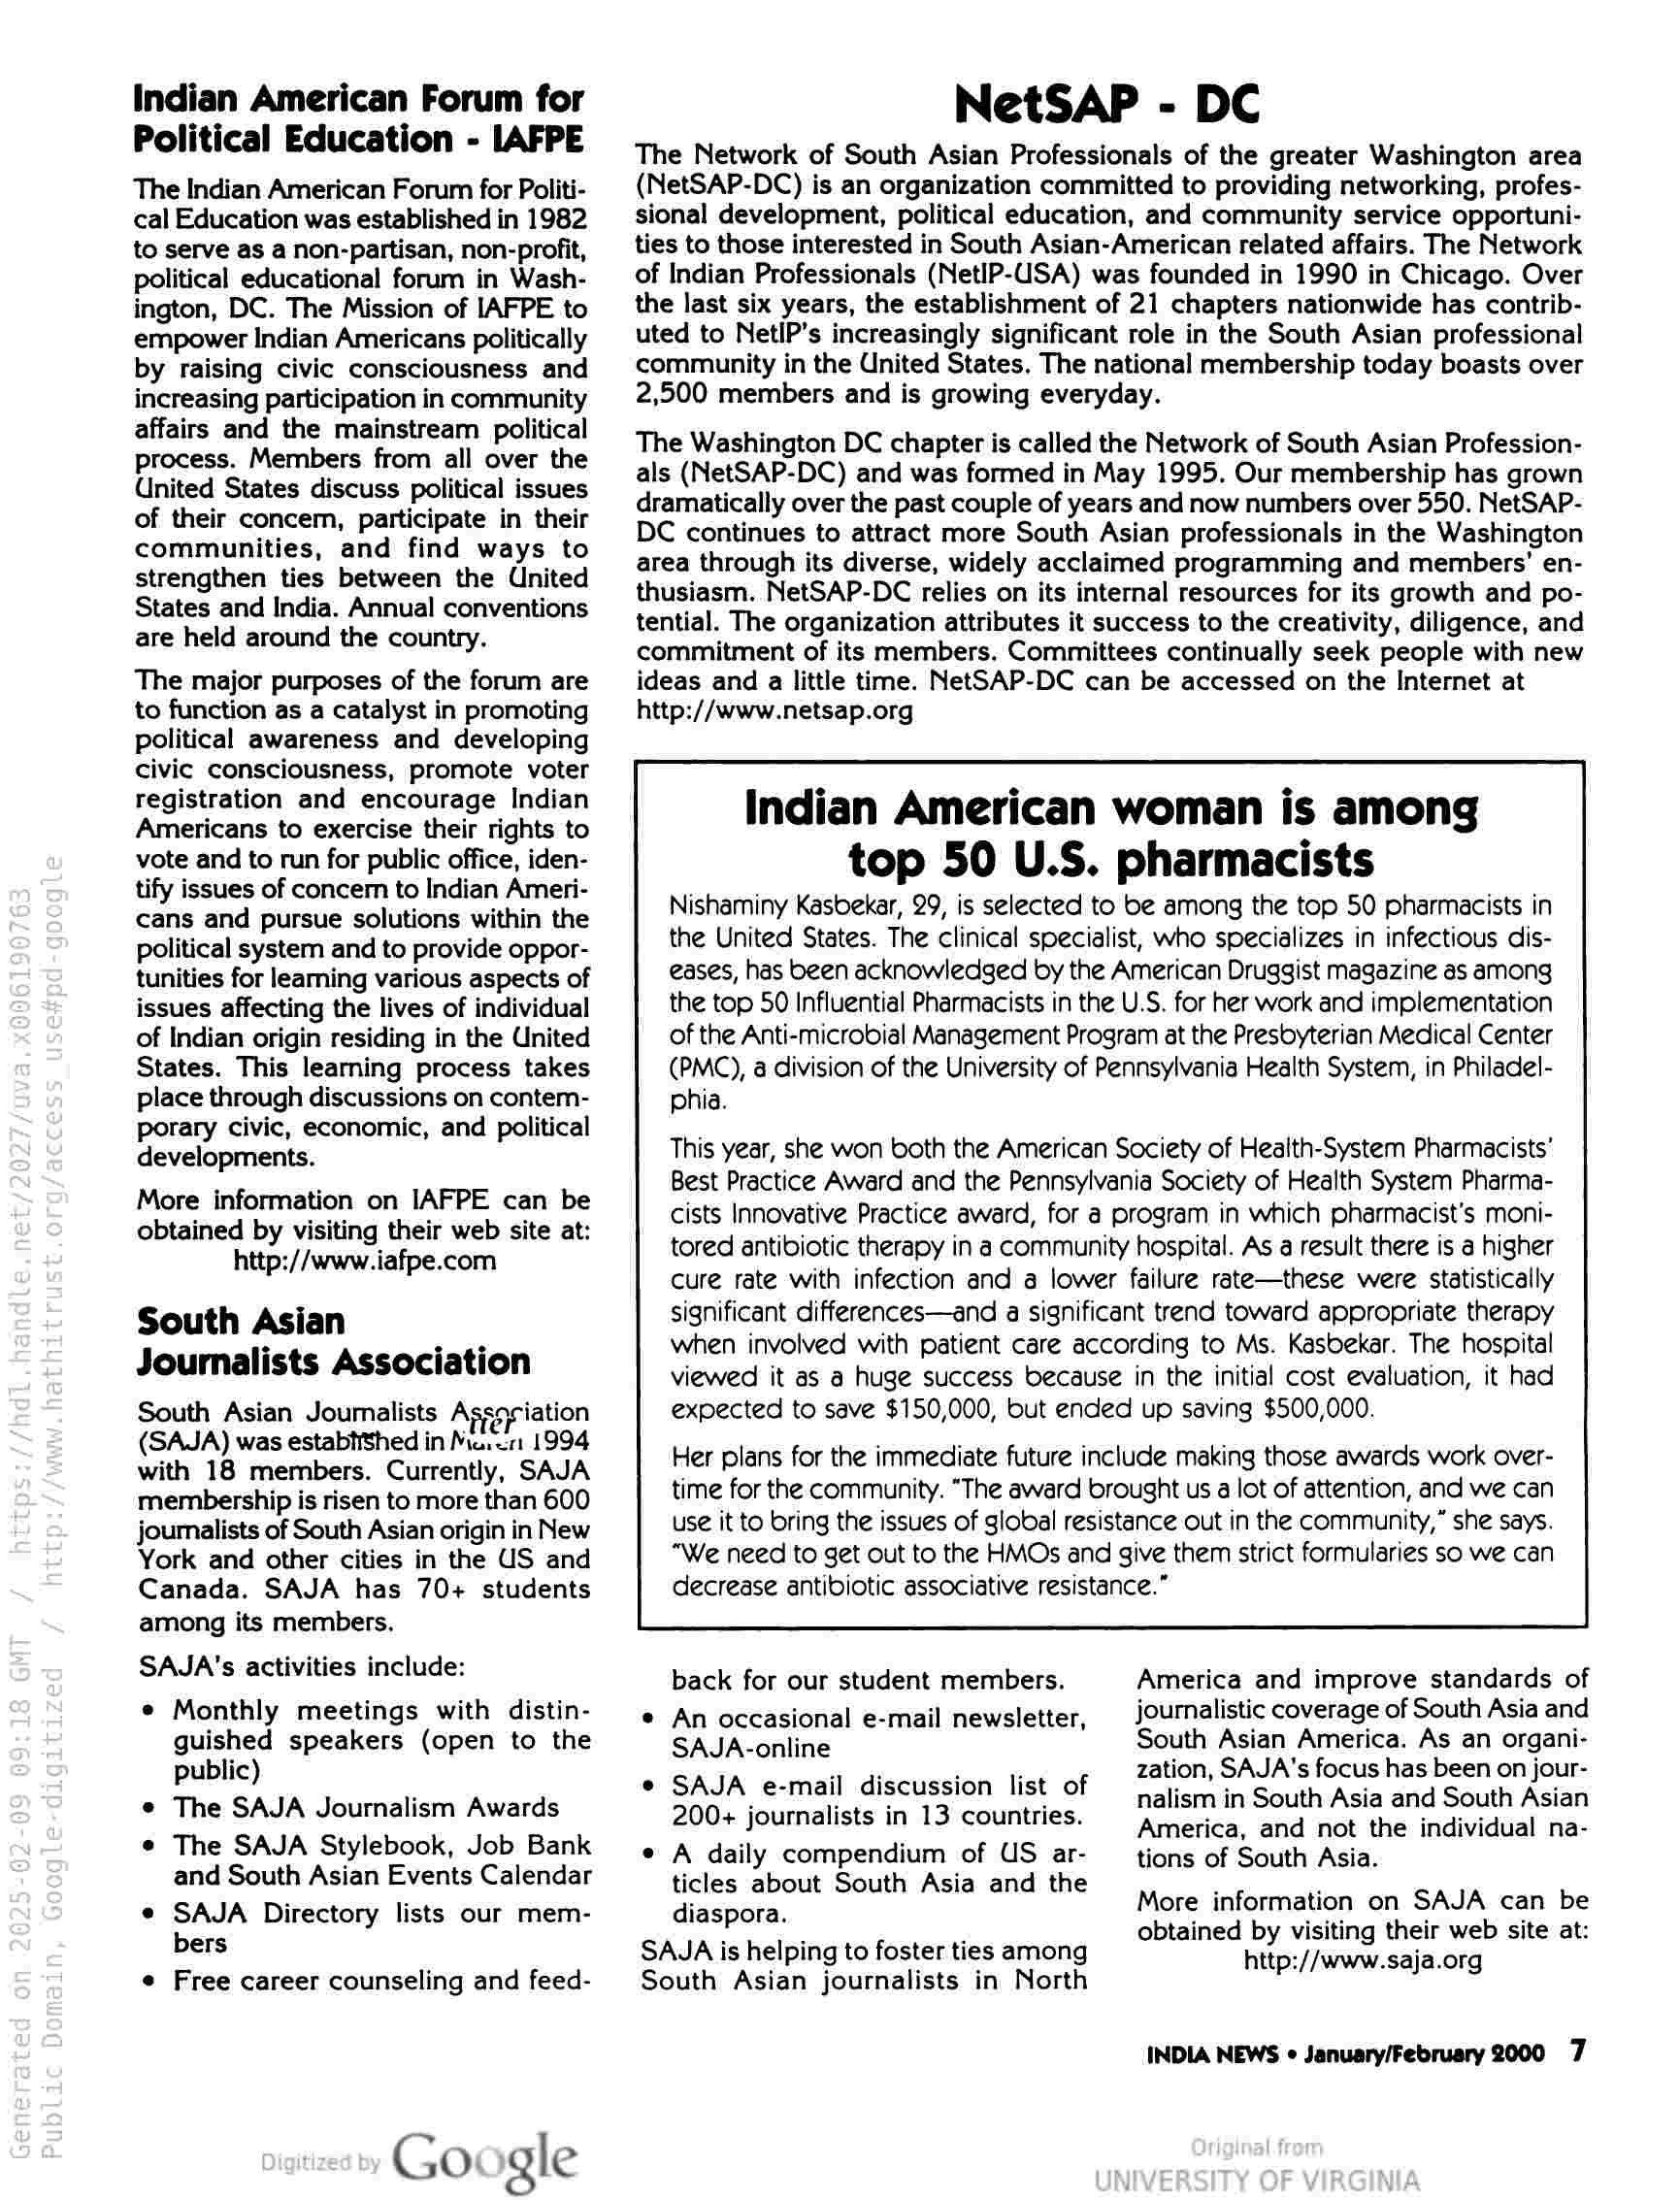
Indian American Forum for
Political Education - LAFPE

The Indian American Forum for Politi-
cal Education was established in 1982
to serve as a non-partisan, non-profit,
political educational forum in Wash-
ington, DC. The Mission of IAFPE to
empower Indian Americans politically
by raising civic consciousness and
increasing participation in community
affairs and the mainstream political
process. Members from all over the
United States discuss political issues
of their concem, participate in their
communities, and find ways to
strengthen ties between the United
States and India. Annual conventions
are held around the country.

The major purposes of the forum are
to function as a catalyst in promoting
political awareness and developing
civic consciousness, promote voter
registration and encourage Indian
Americans to exercise their rights to
vote and to run for public office, iden-
tify issues of concem to Indian Ameri-
cans and pursue solutions within the
political system and to provide oppor-
tunities for learning various aspects of
issues affecting the lives of individual
of Indian origin residing in the United
States. This learning process takes
place through discussions on contem-
porary civic, economic, and political
developments.

More information on IAFPE can be
obtained by visiting their web site at:

http://www.iafpe.com

South Asian
Journalists Association

South Asian Joumalists Association
(SAJA) was estabtiShed in Me.un 1994
with 18 members. Currently, SAJA
membership is risen to more than 600
journalists of South Asian origin in New
York and other cities in the US and
Canada. SAJA has 70+ students
among its members.

SAJA's activities include:

e Monthly meetings with distin-
guished speakers (open to the
public)

e The SAJA Journalism Awards

e The SAJA Stylebook, Job Bank
and South Asian Events Calendar

e SAJA Directory lists our mem-
bers

e Free career counseling and feed-

Google

NetSAP - DC

The Network of South Asian Professionals of the greater Washington area
(NetSAP-DC) is an organization committed to providing networking, profes-
sional development, political education, and community service opportuni-
ties to those interested in South Asian-American related affairs. The Network
of Indian Professionals (NetIP-USA) was founded in 1990 in Chicago. Over
the last six years, the establishment of 21 chapters nationwide has contrib-
uted to NetiP’s increasingly significant role in the South Asian professional
community in the United States. The national membership today boasts over
2,500 members and is growing everyday.

The Washington DC chapter is called the Network of South Asian Profession-
als (NetSAP-DC) and was formed in May 1995. Our membership has grown
dramatically over the past couple of years and now numbers over 550. NetSAP-
DC continues to attract more South Asian professionals in the Washington
area through its diverse, widely acclaimed programming and members’ en-
thusiasm. NetSAP-DC relies on its internal resources for its growth and po-
tential. The organization attributes it success to the creativity, diligence, and
commitment of its members. Committees continually seek people with new
ideas and a little time. NetSAP-DC can be accessed on the Internet at
http://www.netsap.org

Indian American woman is among
top 50 U.S. pharmacists

Nishaminy Kasbekar, 29, is selected to be among the top 50 pharmacists in
the United States. The clinical specialist, who specializes in infectious dis-
eases, has been acknowledged by the American Druggist magazine as among
the top 50 Influential Pharmacists in the U.S. for her work and implementation
of the Anti-microbial Management Program at the Presbyterian Medical Center
(PMC), & division of the University of Pennsylvania Health System, in Philadel-
phia.

This year, she won both the American Society of Health-System Pharmacists’
Best Practice Award and the Pennsylvania Society of Health System Pharma-

cists Innovative Practice award, for a program in which pharmacist’s moni-
tored antibiotic therapy in a community hospital. As a result there is a higher
cure rate with infection and a lower failure rate—these were statistically
significant differences—and a significant trend toward appropriate therapy
when involved with patient care according to Ms. Kasbekar. The hospital
viewed it as a huge success because in the initial cost evaluation, it had
expected to save $150,000, but ended up saving $500,000.

Her plans for the immediate future include making those awards work over-
time for the community. “The award brought us a lot of attention, and we can
use it to bring the issues of global resistance out in the community,” she says.
“We need to get out to the HMOs and give them strict formularies so we can
decrease antibiotic associative resistance.”

back for our student members.

e An occasional e-mail newsletter,
SAJA-online

e SAJA e-mail discussion list of
200+ journalists in 13 countries.

© A daily compendium of US ar-
ticles about South Asia and the
diaspora.

SAJA is helping to foster ties among

South Asian journalists in North

America and improve standards of
journalistic coverage of South Asia and
South Asian America. As an organi-
zation, SAJA's focus has been on jour-
nalism in South Asia and South Asian
America, and not the individual na-
tions of South Asia.

More information on SAJA can be
obtained by visiting their web site at:
http://www.saja.org

INDIA NEWS ¢ January/February 2000 7